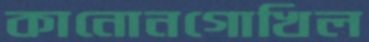
কানোনগোখিল